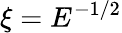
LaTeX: \xi=E^{-1/2}